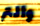
والتر